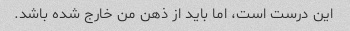
این درست است، اما باید از ذهن من خارج شده باشد.